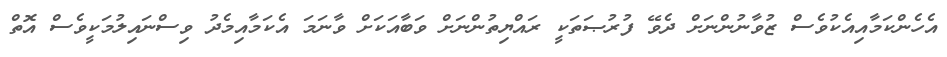
އެހެންކަމާއިއެކުވެސް ޒުވާނުންނަށް ދެވޭ ފުރުޞަތަކީ ރައްޔިތުންނަށް ވަބާއަކަށް ވާނަމަ އެކަމާއިމެދު ވިސްނައިލުމަކީވެސް އޮތް